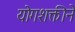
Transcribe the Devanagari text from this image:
योगशक्तीने